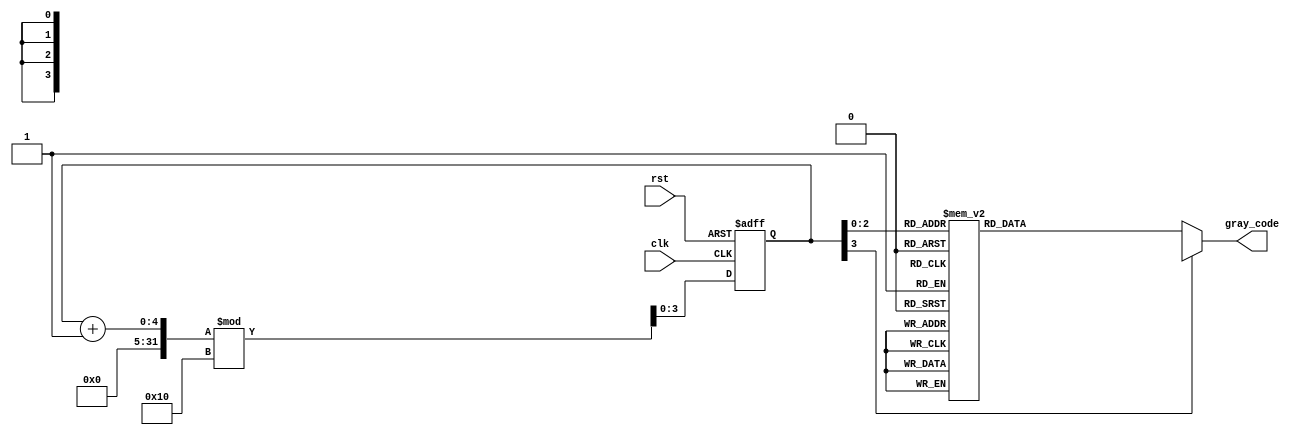
module gray_code_ring_counter(
  input wire clk,
  input wire rst,
  output reg [N-1:0] gray_code
);

parameter N = 4; // Number of bits in Gray code

reg [N-1:0] state;

always @ (posedge clk or posedge rst) begin
  if (rst) begin
    state <= 0;
  end else begin
    state <= (state + 1) % (2 ** N);
  end
end

always @* begin
  case(state)
    0: gray_code = 4'b0000;
    1: gray_code = 4'b0001;
    2: gray_code = 4'b0011;
    3: gray_code = 4'b0010;
    4: gray_code = 4'b0110;
    5: gray_code = 4'b0111;
    6: gray_code = 4'b0101;
    7: gray_code = 4'b0100;
    default: gray_code = 4'bxxxx;
  endcase
end

endmodule